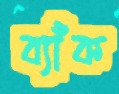
ব্যাঁক